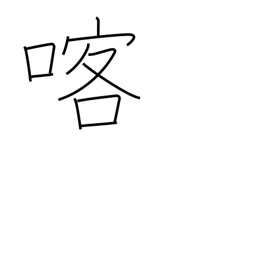
Meaning: vomit